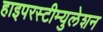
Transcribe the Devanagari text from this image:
हाइपरस्टीम्युलेशन